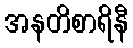
အနတိစာရိနီ